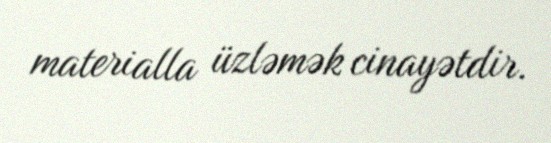
materialla üzləmək cinayətdir.